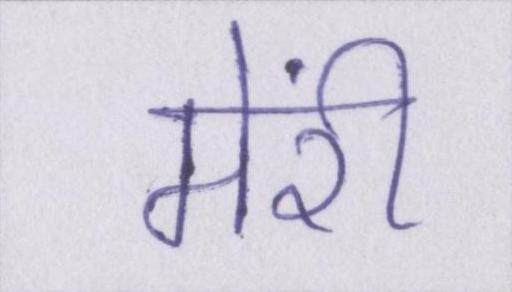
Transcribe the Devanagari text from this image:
मेंरी